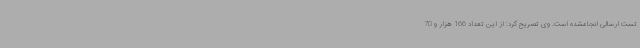
تست ارسالی انجامشده است. وی تصریح کرد: از این تعداد 166 هزار و 70